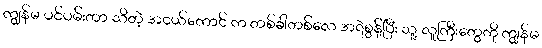
ကျွန်မ ပင်ပမ်းတာ သိတဲ့ အငယ်ကောင် က တစ်ခါတစ်လေ အရဲစွန့်ပြီး သူ့ လူကြီးတွေကို ကျွန်မ